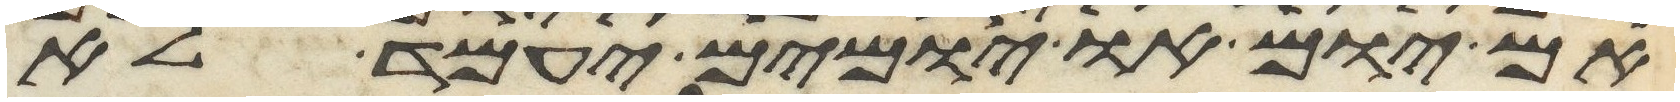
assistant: אם יום או יומים יעמד לא